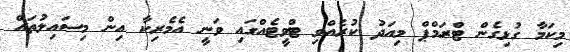
މިކަމާ ގުޅިގެން ޓްރަމްޕް މިއަދު ކުރެއްވި ޓްވީޓެއްގައި ވަނީ އެމެރިކާ އިން މިސައިލުތައް